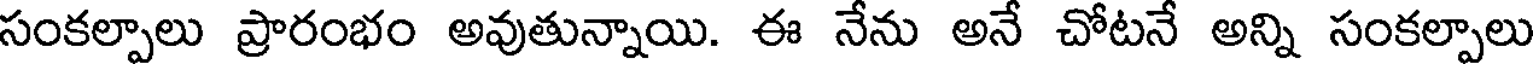
సంకల్పాలు ప్రారంభం అవుతున్నాయి. ఈ నేను అనే చోటనే అన్ని సంకల్పాలు